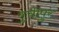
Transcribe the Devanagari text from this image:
बुचीपुर